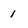
Character: 1